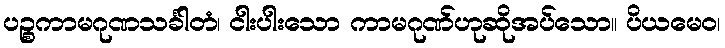
ပဉ္စကာမဂုဏသင်္ခါတံ၊ ငါးပါးသော ကာမဂုဏ်ဟုဆိုအပ်သော။ ပိယမေဝ၊